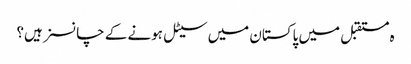
ہ مستقبل میں پاکستان میں سیٹل ہونے کے چانسز ہیں؟